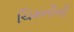
ચિમનીની